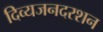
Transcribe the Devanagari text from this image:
दिव्यजनदरशन